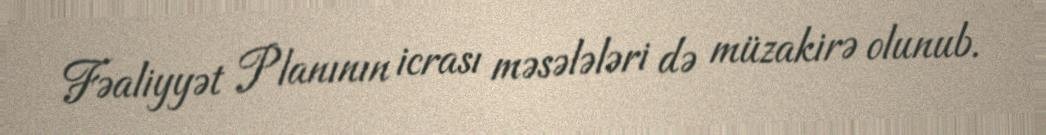
Fəaliyyət Planının icrası məsələləri də müzakirə olunub.